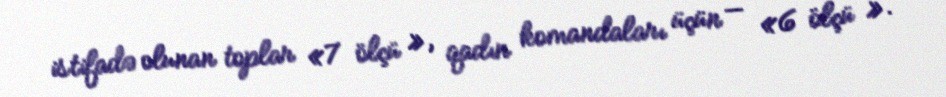
istifadə olunan toplar «7 ölçü », qadın komandaları üçün — «6 ölçü ».